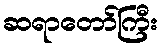
ဆရာတော်ကြီး